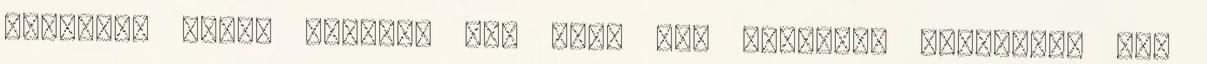
értettél abból semmit, sem jót, sem rosszat. Bástyafal van